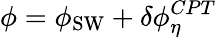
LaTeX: \phi=\phi_{\mathrm{SW}}+\delta\phi_{\eta}^{CPT}